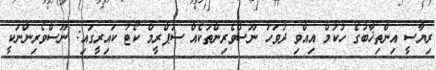
ރިޔާސީ އިންތިޚާބުގެ ހުކުމް އިއްވި ދުވަހު ނޫސްވެރިންތަކެއް ސުޕްރީމް ކޯޓު ކައިރީގައި: ނޫސްވެރިންނަކީ